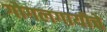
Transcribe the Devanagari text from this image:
गोगलगायीचे